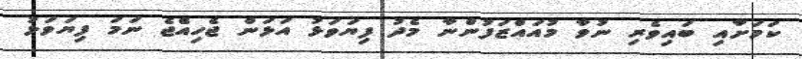
ކަމަށާއި ބައިވެރި ނުވާ މުއައްޒަފުންނާ މެދު ފިޔަވަޅު އަޅަން ޖެހިއެްޖެ ނަމަ ފިޔަވަޅު